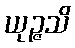
ယုဉ္ဇသိ